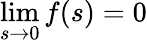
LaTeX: \operatorname*{lim}_{s\to 0}f(s)=0